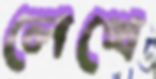
লেখে